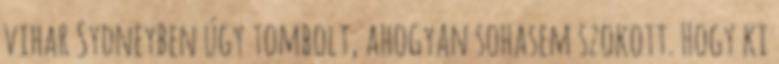
vihar Sydneyben úgy tombolt, ahogyan sohasem szokott. Hogy ki